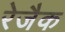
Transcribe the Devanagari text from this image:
रेजैक